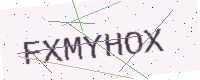
Text: FXMYHOX